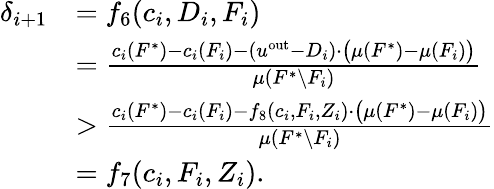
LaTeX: \begin{array}{rl}{\delta_{i+1}}&{=f_{6}(c_{i},D_{i},F_{i})}\\ {}&{=\frac{c_{i}(F^{*})-c_{i}(F_{i})-(u^{\mathrm{out}}-D_{i})\cdot\big(\mu(F^{*})-\mu(F_{i})\big)}{\mu(F^{*}\setminus F_{i})}}\\ {}&{>\frac{c_{i}(F^{*})-c_{i}(F_{i})-f_{8}(c_{i},F_{i},Z_{i})\cdot\big(\mu(F^{*})-\mu(F_{i})\big)}{\mu(F^{*}\setminus F_{i})}}\\ {}&{=f_{7}(c_{i},F_{i},Z_{i}).}\end{array}